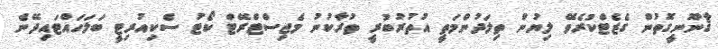
ޤާނޫނީގޮތުން ގެޒެޓްކުރެވޭ ލިޔުން ތިލަދުންމަތީ އުތުރުބުރީ ތުރާކުނު މެޖިސްޓްރޭޓް ކޯޓު ސެކިއުރިޓީ ބަލަހައްޓައިދޭނެ